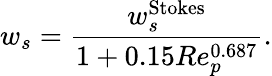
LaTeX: w_{s}=\frac{w_{s}^{\textrm{Stokes}}}{1+0.15Re_{p}^{0.687}}.